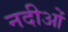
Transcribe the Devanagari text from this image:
नदीओं